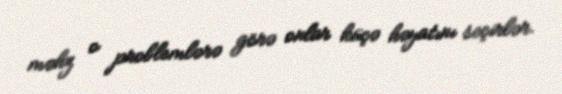
məhz o problemlərə görə onlar küçə həyatını seçirlər.